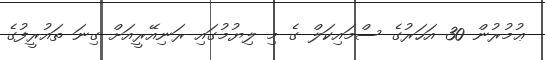
ޢުމުރުން 30 އަހަރުގެ ސްމައިކަލް ގެ މި ލިޔުމުގައި ރަނިއޭރީއަށް ގިނަ ތައުރީފުގެ